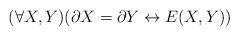
LaTeX: \begin{align*} (\forall X, Y)(\partial X = \partial Y \leftrightarrow E(X,Y))\end{align*}